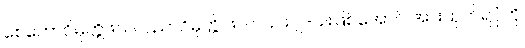
စေတောဝိမုတ္တိဖလ၊ ပညာဝိမုတ္တိ ဖလ၊ ၎င်း ၂-ပါးဖြစ်အောင် အားထုတ်ရပုံကို